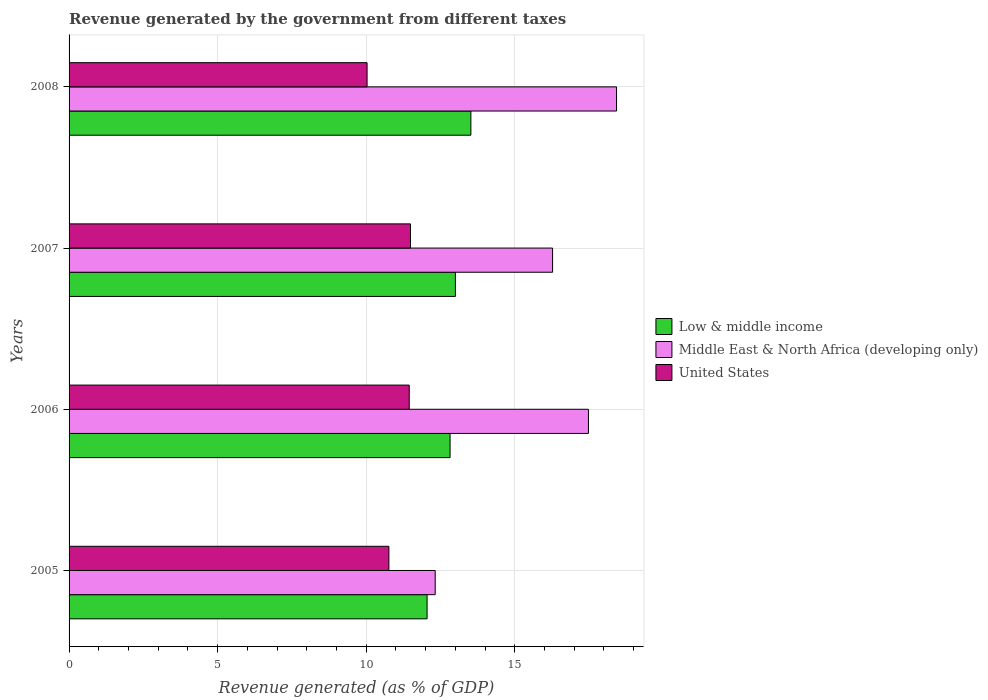
| Years | Low & middle income | Middle East & North Africa (developing only) | United States |
 | --- | --- | --- | --- |
 | 2005 | 12 | 12.3 | 10.8 |
 | 2006 | 12.8 | 17.5 | 11.4 |
 | 2007 | 13 | 16.3 | 11.5 |
 | 2008 | 13.5 | 18.4 | 10 |